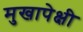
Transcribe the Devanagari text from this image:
मुखापेक्षी